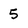
Character: 5